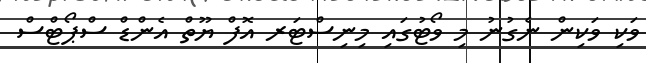
ވަކި ވަކިން ނެގުނު މި ވޯޓުގައި މިނިސްޓަރ އޮފް ޔޫތް އެންޑް ސްޕޯޓްސް